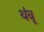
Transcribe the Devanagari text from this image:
थंबू